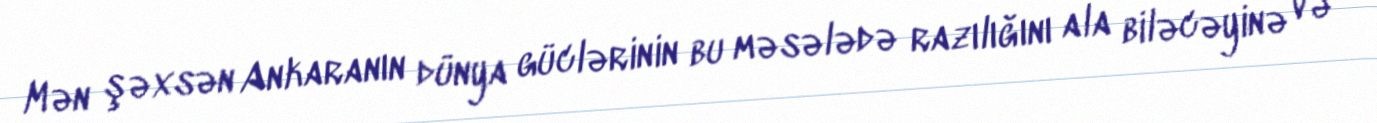
Mən şəxsən Ankaranın dünya güclərinin bu məsələdə razılığını ala biləcəyinə və